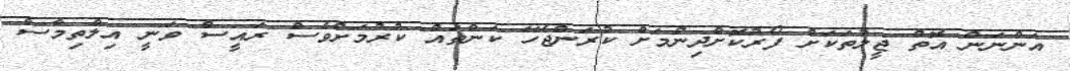
އަންނަން އޮތް ޖީލުތަކަށް ފޯރުކޮށްދިނުމަށް ކުރަންޖެހޭ ކަންތައް ކުރުމަށްވެސް ރައީސް ވަނީ އިލްތިމާސް